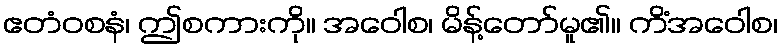
ဧတံဝစနံ၊ ဤစကားကို။ အဝေါစ၊ မိန့်တော်မူ၏။ ကိံအဝေါစ၊